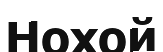
Нохой